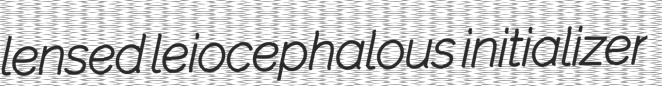
lensed leiocephalous initializer